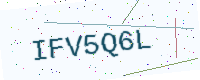
Text: IFV5Q6L